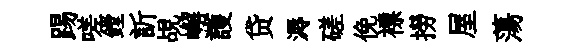
踢嗟鏜訢覘嶰護贷溽磋俛褾撈屋蕩